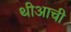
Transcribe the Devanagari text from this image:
थीआची